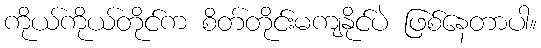
ကိုယ်ကိုယ်တိုင်က စိတ်တိုင်းမကျနိုင်ပဲ ဖြစ်နေတာပါ။